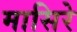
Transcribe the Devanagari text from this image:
मासिरे